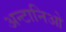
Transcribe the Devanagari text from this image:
अन्टानिओ